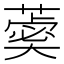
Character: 𦻞